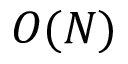
O ( N )